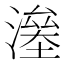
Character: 𣾯